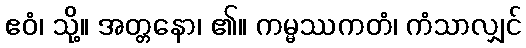
ဧဝံ၊ သို့။ အတ္တနော၊ ၏။ ကမ္မဿကတံ၊ ကံသာလျှင်